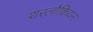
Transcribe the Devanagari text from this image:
शरलौकियन